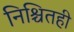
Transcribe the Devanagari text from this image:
निश्चितही